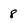
Character: 8